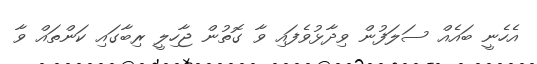
އެހެނީ ބައެއް ސަލަފުން ވިދާޅުވެފައި ވާ ގޮތުން ޖާހިލީ ރިބާގައި ކަންތައް ވާ